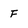
Character: F